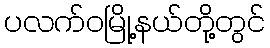
ပလက်ဝမြို့နယ်တို့တွင်